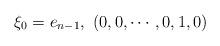
LaTeX: \begin{align*}\xi_{0}=e_{n-1},\ (0,0,\cdots,0,1,0)\end{align*}